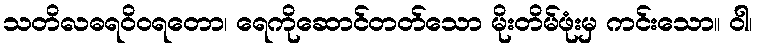
သတိလဓရဝိဝရတော၊ ရေကိုဆောင်တတ်သော မိုးတိမ်ဖုံးမှ ကင်းသော။ ဝါ၊